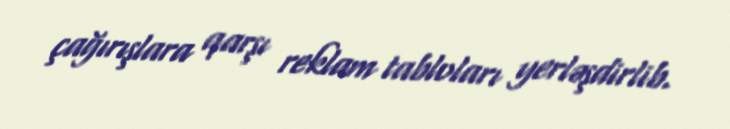
çağırışlara qarşı reklam tabloları yerləşdirlib.